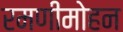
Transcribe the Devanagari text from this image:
रमणीमोहन